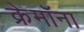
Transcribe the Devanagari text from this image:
क्रेमॉना